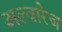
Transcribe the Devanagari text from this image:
अल्वारेज